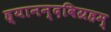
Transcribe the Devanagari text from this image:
ह्यानन्दविग्रहम्